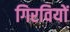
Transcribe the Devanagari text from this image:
गिरवियों